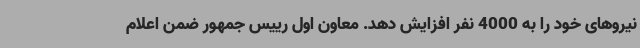
نیروهای خود را به 4000 نفر افزایش دهد. معاون اول رییس جمهور ضمن اعلام